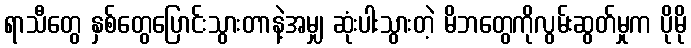
ရာသီတွေ နှစ်တွေပြောင်းသွားတာနဲ့အမျှ ဆုံးပါးသွားတဲ့ မိဘတွေကိုလွမ်းဆွတ်မှုက ပိုမို